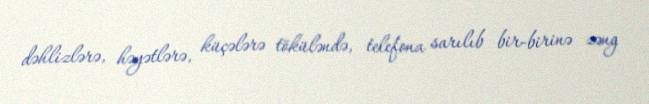
dəhlizlərə, həyətlərə, küçələrə töküləndə, telefona sarılıb bir-birinə zəng